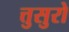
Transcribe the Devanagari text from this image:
त्तुसुरो